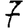
Digit: 7